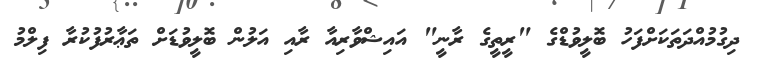
ދިގުމުއްދަތަކަށްފަހު ބޮލީވުޑްގެ "ރީތީގެ ރާނީ" އައިޝްވާރިއާ ރާއި އަލުން ބޮލީވުޑަށް ތަޢާރުފުކުރާ ފިލްމު